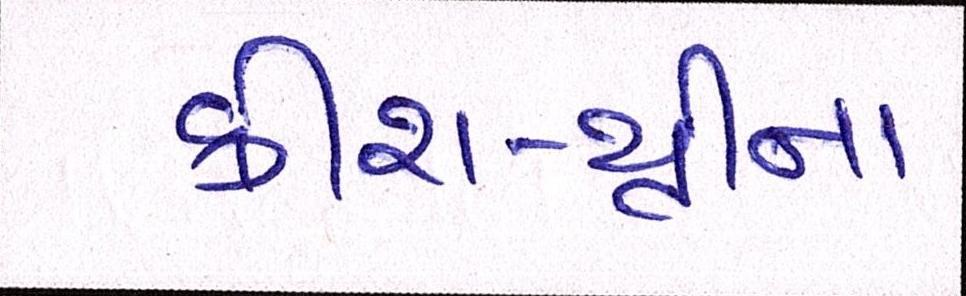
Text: ક્રીશ-થ્રીના